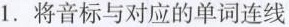
1.将音标与对应的单词连线